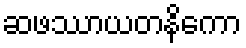
ဆဖဿာယတနိကော